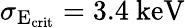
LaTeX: \sigma_{\mathrm{E_{crit}}}=3.4~\mathrm{keV}